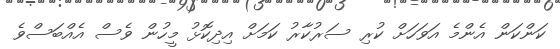
ކަންކަން އެންމެ އަވަހަށް ކުރި ސަރުކާރު ކަމަށް އިދިކޮޅު މީހުން ވެސް އެއްބަސްވެ